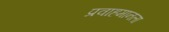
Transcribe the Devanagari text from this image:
प्रवाहमानला